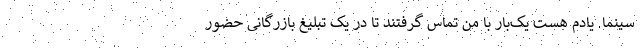
سینما. یادم هست یک‌بار با من تماس گرفتند تا در یک تبلیغ بازرگانی حضور